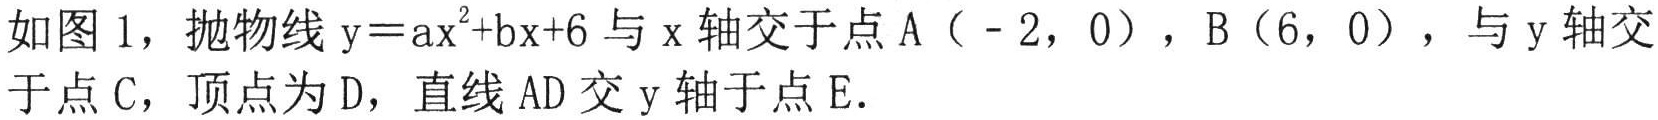
如图 1，抛物线 \(y = ax^{2}+bx + 6\) 与 \(x\) 轴交于点 \(A(-2,0)\)，\(B(6,0)\)，与 \(y\) 轴交于点 \(C\)，顶点为 \(D\)，直线 \(AD\) 交 \(y\) 轴于点 \(E\)．